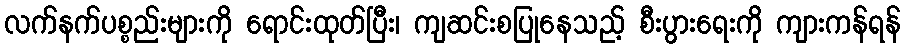
လက်နက်ပစ္စည်းများကို ရောင်းထုတ်ပြီး၊ ကျဆင်းစပြုနေသည့် စီးပွားရေးကို ကျားကန်ရန်